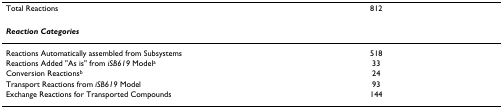
| Total Reactions | 812 |
 | --- | --- |
 | Reaction Categories |  |
 | Reactions Automatically assembled from Subsystems | 518 |
 | Reactions Added "As is" from iSB619 Modela | 33 |
 | Conversion Reactionsb | 24 |
 | Transport Reactions from iSB619 Model | 93 |
 | Exchange Reactions for Transported Compounds | 144 |